Scottish Certificate of Education, 1962
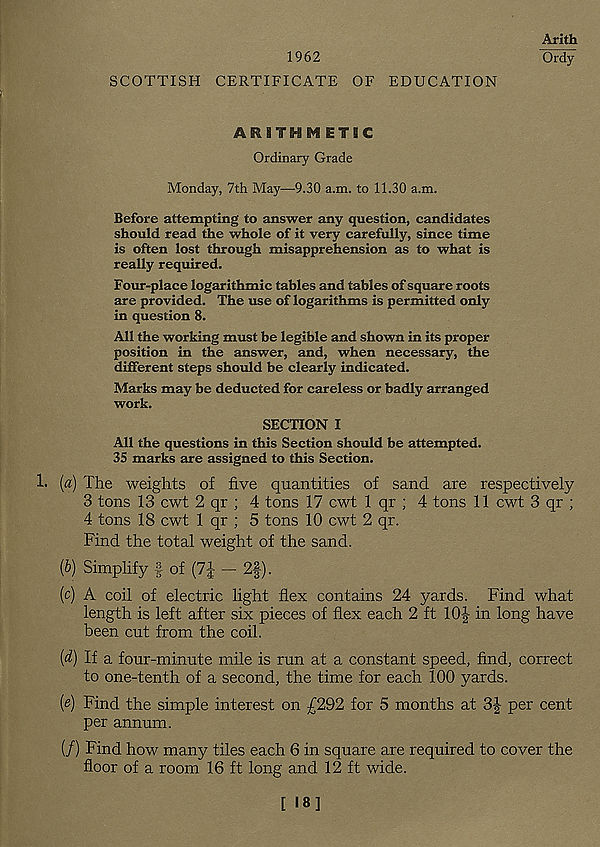
1962
SCOTTISH CERTIFICATE OF EDUCATION
Arith
Ordy
ARITHMETIC
Ordinary Grade
Monday, 7th May—9.30 a.m. to 11.30 a.m.
Before attempting to answer any question, candidates
should read the whole of it very carefully, since time
is often lost through misapprehension as to what is
really required.
Four-place logarithmic tables and tables of square roots
are provided. The use of logarithms is permitted only
in question 8.
All the working must be legible and shown in its proper
position in the answer, and, when necessary, the
different steps should be clearly indicated.
Marks may be deducted for careless or badly arranged
work.
SECTION I
All the questions in this Section should be attempted.
35 marks are assigned to this Section.
1. (a) The weights of five quantities of sand are respectively
3 tons 13 cwt 2 qr ; 4 tons 17 cwt 1 qr ; 4 tons 11 cwt 3 qr ;
4 tons 18 cwt 1 qr ; 5 tons 10 cwt 2 qr.
Find the total weight of the sand.
{b) Simplify § of (7| — 2|).
[c) A coil of electric light flex contains 24 yards. Find what
length is left after six pieces of flex each 2 ft 10| in long have
been cut from the coil.
[d) If a four-minute mile is run at a constant speed, find, correct
to one-tenth of a second, the time for each 100 yards.
[e) Find the simple interest on £292 for 5 months at 3| per cent
per annum.
(/) Find how many tiles each 6 in square are required to cover the
floor of a room 16 ft long and 12 ft wide.
[ 18]